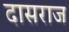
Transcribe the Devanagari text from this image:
दासराज